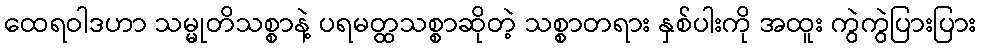
ထေရဝါဒဟာ သမ္မုတိသစ္စာနဲ့ ပရမတ္ထသစ္စာဆိုတဲ့ သစ္စာတရား နှစ်ပါးကို အထူး ကွဲကွဲပြားပြား